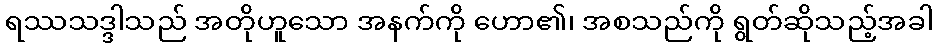
ရဿသဒ္ဒါသည် အတိုဟူသော အနက်ကို ဟော၏၊ အစသည်ကို ရွတ်ဆိုသည့်အခါ